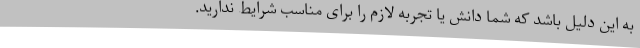
به این دلیل باشد که شما دانش یا تجربه لازم را برای مناسب شرایط ندارید.